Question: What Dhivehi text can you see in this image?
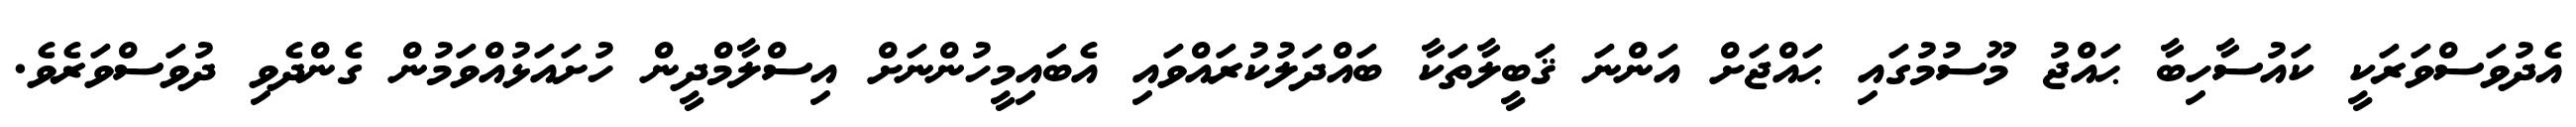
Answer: އެދުވަސްވަރަކީ ކައުސާހިބާ ޙައްޖު މޫސުމުގައި ޙައްޖަށް އަންނަ ޤަބީލާތަކާ ބައްދަލުކުރައްވައި އެބައިމީހުންނަށް އިސްލާމްދީން ހުށައަޅުއްވަމުން ގެންދެވި ދުވަސްވަރެވެ.